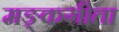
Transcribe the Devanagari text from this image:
मङ्कगीता